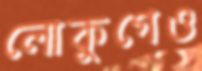
লোকুগেও